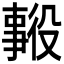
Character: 𱎑